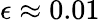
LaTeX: \epsilon\approx 0.01